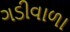
ગડીવાળા